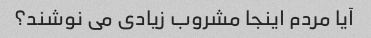
آیا مردم اینجا مشروب زیادی می نوشند؟